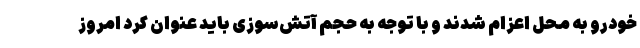
خودرو به محل اعزام شدند و با توجه به حجم آتش‌سوزی باید عنوان کرد امروز